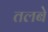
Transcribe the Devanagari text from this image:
तलबे